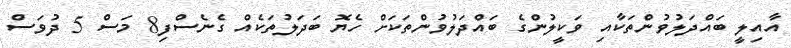
އާއިލީ ބައްދަލުވުންތަކާއި ވަކީލުންގެ ބައްދަލުވުންތަކަށް ހެޔޮ ބަދަލުތަކެއް ގެނެސްފި8 މަސް 5 ދުވަސް